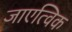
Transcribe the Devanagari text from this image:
जाएत्विक